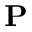
\mathbf { P }